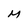
Character: M